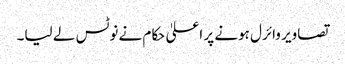
تصاویر وائرل ہونے پر اعلیٰ حکام نے نوٹس لے لیا۔